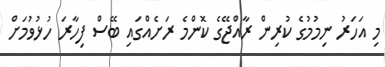
މި އަހަރު ނިމުމުގެ ކުރިން ރާއްޖޭގެ ކޮންމެ ރަށެއްގައި ބޭސް ފިހާރަ ހުޅުވުމަށް